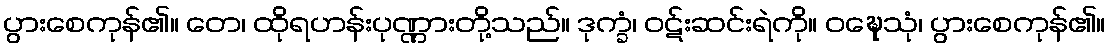
ပွားစေကုန်၏။ တေ၊ ထိုရဟန်းပုဏ္ဏားတို့သည်။ ဒုက္ခံ၊ ဝဋ်းဆင်းရဲကို။ ဝဍ္ဎေသုံ၊ ပွားစေကုန်၏။